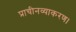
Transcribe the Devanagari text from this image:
प्राचीनव्याकरण।